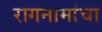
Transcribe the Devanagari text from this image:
रागनामांचा